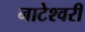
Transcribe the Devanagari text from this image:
नाटेश्वरी